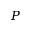
P